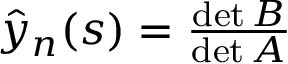
\begin{array} { r } { \hat { y } _ { n } ( s ) = \frac { \operatorname* { d e t } B } { \operatorname* { d e t } A } } \end{array}